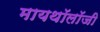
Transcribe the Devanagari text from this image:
मायथॉलॉजी